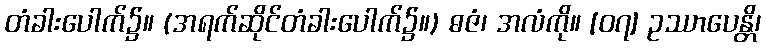
တံခါးပေါက်၌။ (အရက်ဆိုင်တံခါးပေါက်၌။) ဓဇံ၊ အလံကို။ [၀၇] ဥဿာပေန္တိ၊